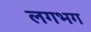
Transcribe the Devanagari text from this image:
लगभ्‍ाग